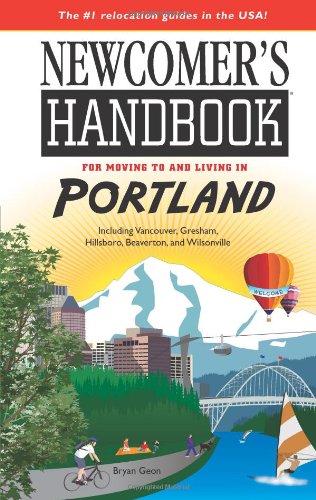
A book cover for Newcomer's Handbook for Moving to and Living in Portland: Including Vancouver, Gresham, Hillsboro, Beaverton, and Wilsonville; Bryan Geon; Travel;